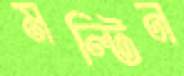
মল্টিন